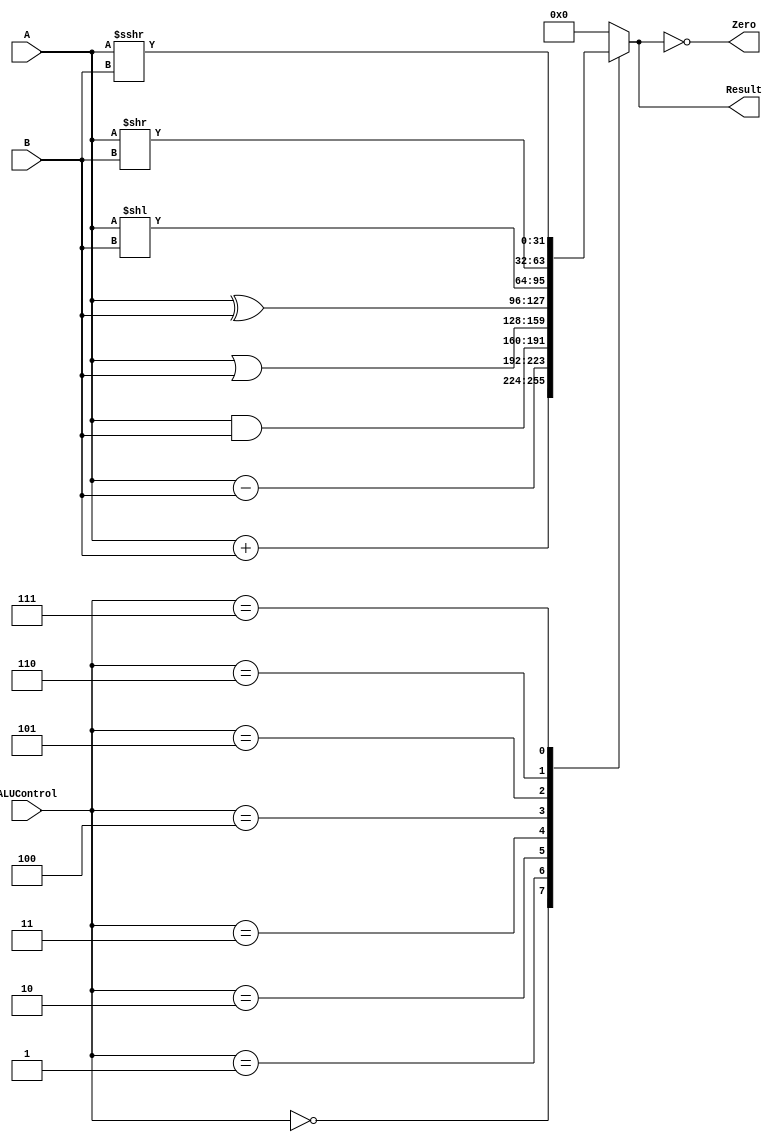
module ALU (
    input wire [31:0] A, 
    input wire [31:0] B, 
    input wire [3:0] ALUControl, 
    output reg [31:0] Result, 
    output reg Zero
);

    always @(*) begin
        case (ALUControl)
            4'b0000: Result = A + B;  // ADD
            4'b0001: Result = A - B;  // SUB
            4'b0010: Result = A & B;  // AND
            4'b0011: Result = A | B;  // OR
            4'b0100: Result = A ^ B;  // XOR
            4'b0101: Result = A << B; // SLL
            4'b0110: Result = A >> B; // SRL
            4'b0111: Result = $signed(A) >>> B; // SRA
            default: Result = 0;
        endcase
        Zero = (Result == 0);
    end

endmodule